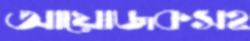
আয়োজকসহ